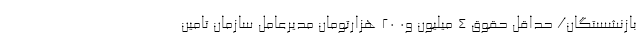
بازنشستگان/ حداقل حقوق ۴ میلیون ‌و۰ ۲۰ هزارتومان مدیرعامل سازمان تامین